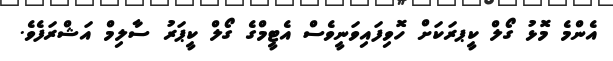
އެންމެ މޮޅު ގޯލް ކީޕރަކަށް ހޮވިފައިވަނީވެސް އެޓީމްގެ ގޯލް ކީޕަރު ސާލިމް އަޝްރަފެވެ.